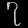
Digit: ၇